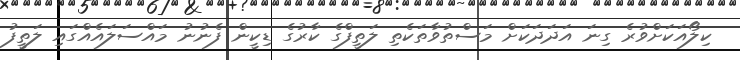
ކިލޯއަކަށްވުރެ ގިނަ އަދަދަކަށް މަސްތުވާތަކެތި ލަތީފްގެ ކާރުގެ ޑިކީން ފެނުނު މައްސަލައެއްގައި ލަތީފު